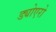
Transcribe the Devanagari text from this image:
ड्योएरो